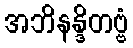
အဘိနန္ဒိတဗ္ဗံ